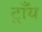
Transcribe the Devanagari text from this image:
ट्राँय